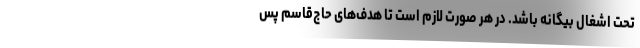
تحت اشغال بیگانه باشد. در هر صورت لازم است تا هدف‌های حاج‌قاسم پس